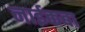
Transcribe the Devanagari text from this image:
नाईकबा